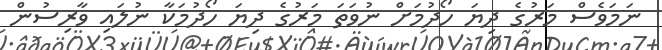
ނަމަވެސް މަރުގެ ދިޔަ ހޯދުމަށް ނުވަތަ މަރުގެ ދިޔަ ހޯދުމަކާ ނުލައި ވާރިސުން